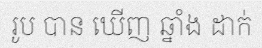
រូប បាន ឃើញ ឆ្នាំង ដាក់